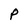
Character: p